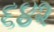
૬૪૨